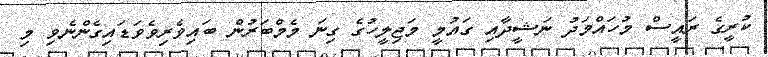
ކުރީގެ ރައީސް މުހައްމަދު ނަޝީދާއި ގައުމީ މަޖިލީހުގެ ގިނަ މެމްބަރުން ބައިވެރިވެވަޑައިގެންނެވި މި